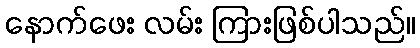
နောက်ဖေး လမ်း ကြားဖြစ်ပါသည်။